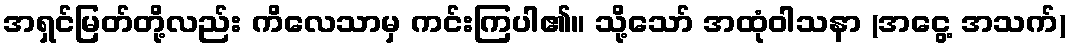
အရှင်မြတ်တို့လည်း ကိလေသာမှ ကင်းကြပါ၏။ သို့သော် အထုံဝါသနာ (အငွေ့ အသက်)